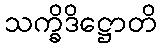
သက္ခိဒိဋ္ဌောတိ